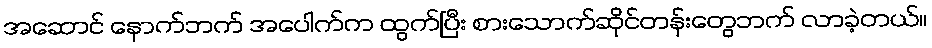
အဆောင် နောက်ဘက် အပေါက်က ထွက်ပြီး စားသောက်ဆိုင်တန်းတွေဘက် လာခဲ့တယ်။